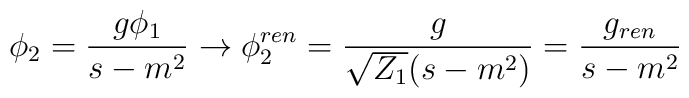
\phi_2=\frac{g\phi_1}{s-m^2}\to \phi^{ren}_2=\frac{g}{\sqrt{Z_1}(s-m^2)}= \frac{g_{ren}}{s-m^2}